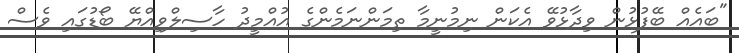
"ބައެއް ބޭފުޅުން ވިދާޅުވޭ އެކަން ނިމުނީމާ ތިމަންނަމެންގެ އުއްމީދު ހާސިލްވިއްޔޭ ބޯޑުގައި ވެސް